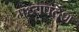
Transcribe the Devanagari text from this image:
मध्यपर्देश